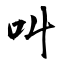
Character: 叫